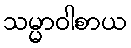
သမ္မာဝါစာယ